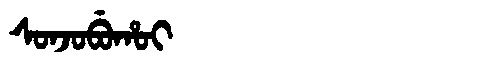
Manchu: ᠰᠣᠨᠵᠣᠪᡠᡥᠣᡳ
Romanization: SONJOBUHOI